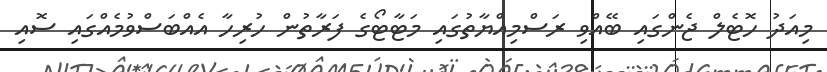
މިއަދު ހޮޓެލް ޖެންގައި ބޭއްވި ރަސްމިއްޔާތުގައި މަޓާޓޯގެ ފަރާތުން ހުރިހާ އެއްބަސްވުމެއްގައި ސޮއި